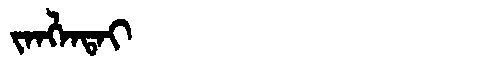
Manchu: ᠵᠠᠩᠯᠠᡨᠠᡳ
Romanization: JANGLATAI